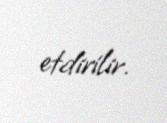
etdirilir.